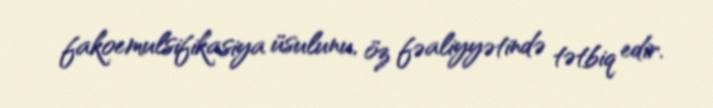
fakoemulsifikasiya üsulunu, öz fəaliyyətində tətbiq edir.